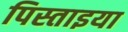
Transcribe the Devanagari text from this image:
पिस्ताइया